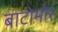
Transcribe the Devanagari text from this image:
बाटोमोर